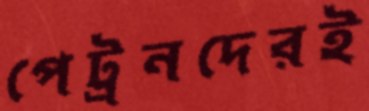
পেট্রনদেরই